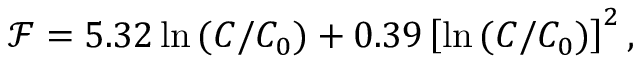
\mathcal { F } = 5 . 3 2 \ln { ( C / C _ { 0 } ) } + 0 . 3 9 \left[ \ln { ( C / C _ { 0 } ) } \right] ^ { 2 } ,